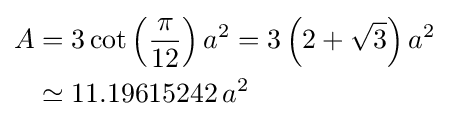
{\begin{aligned}A&=3\cot \left({\frac {\pi }{12}}\right)a^{2}=3\left(2+{\sqrt {3}}\right)a^{2}\\&\simeq 11.19615242\,a^{2}\end{aligned}}